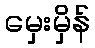
မှေးမှိန်